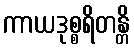
ကာယဒုစ္စရိတန္တိ